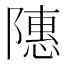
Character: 䧥